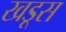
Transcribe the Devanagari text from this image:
खडूस